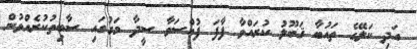
އަދި ކަލޭގެ ތައުބާ ޤަބޫލު ކުރައްވާ ފާފަ ފުއްސަވާ ސީދާ މަގުގައި ސާބިތުކުރެއްވުން